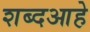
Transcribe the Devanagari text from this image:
शब्दआहे